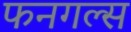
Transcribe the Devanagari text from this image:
फनगल्स